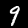
Digit: 9